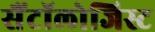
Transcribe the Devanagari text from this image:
सैंटॉलोजिस्ट